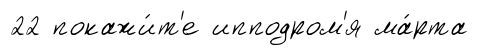
22 покажи́т'е ипподром'я ма́рта